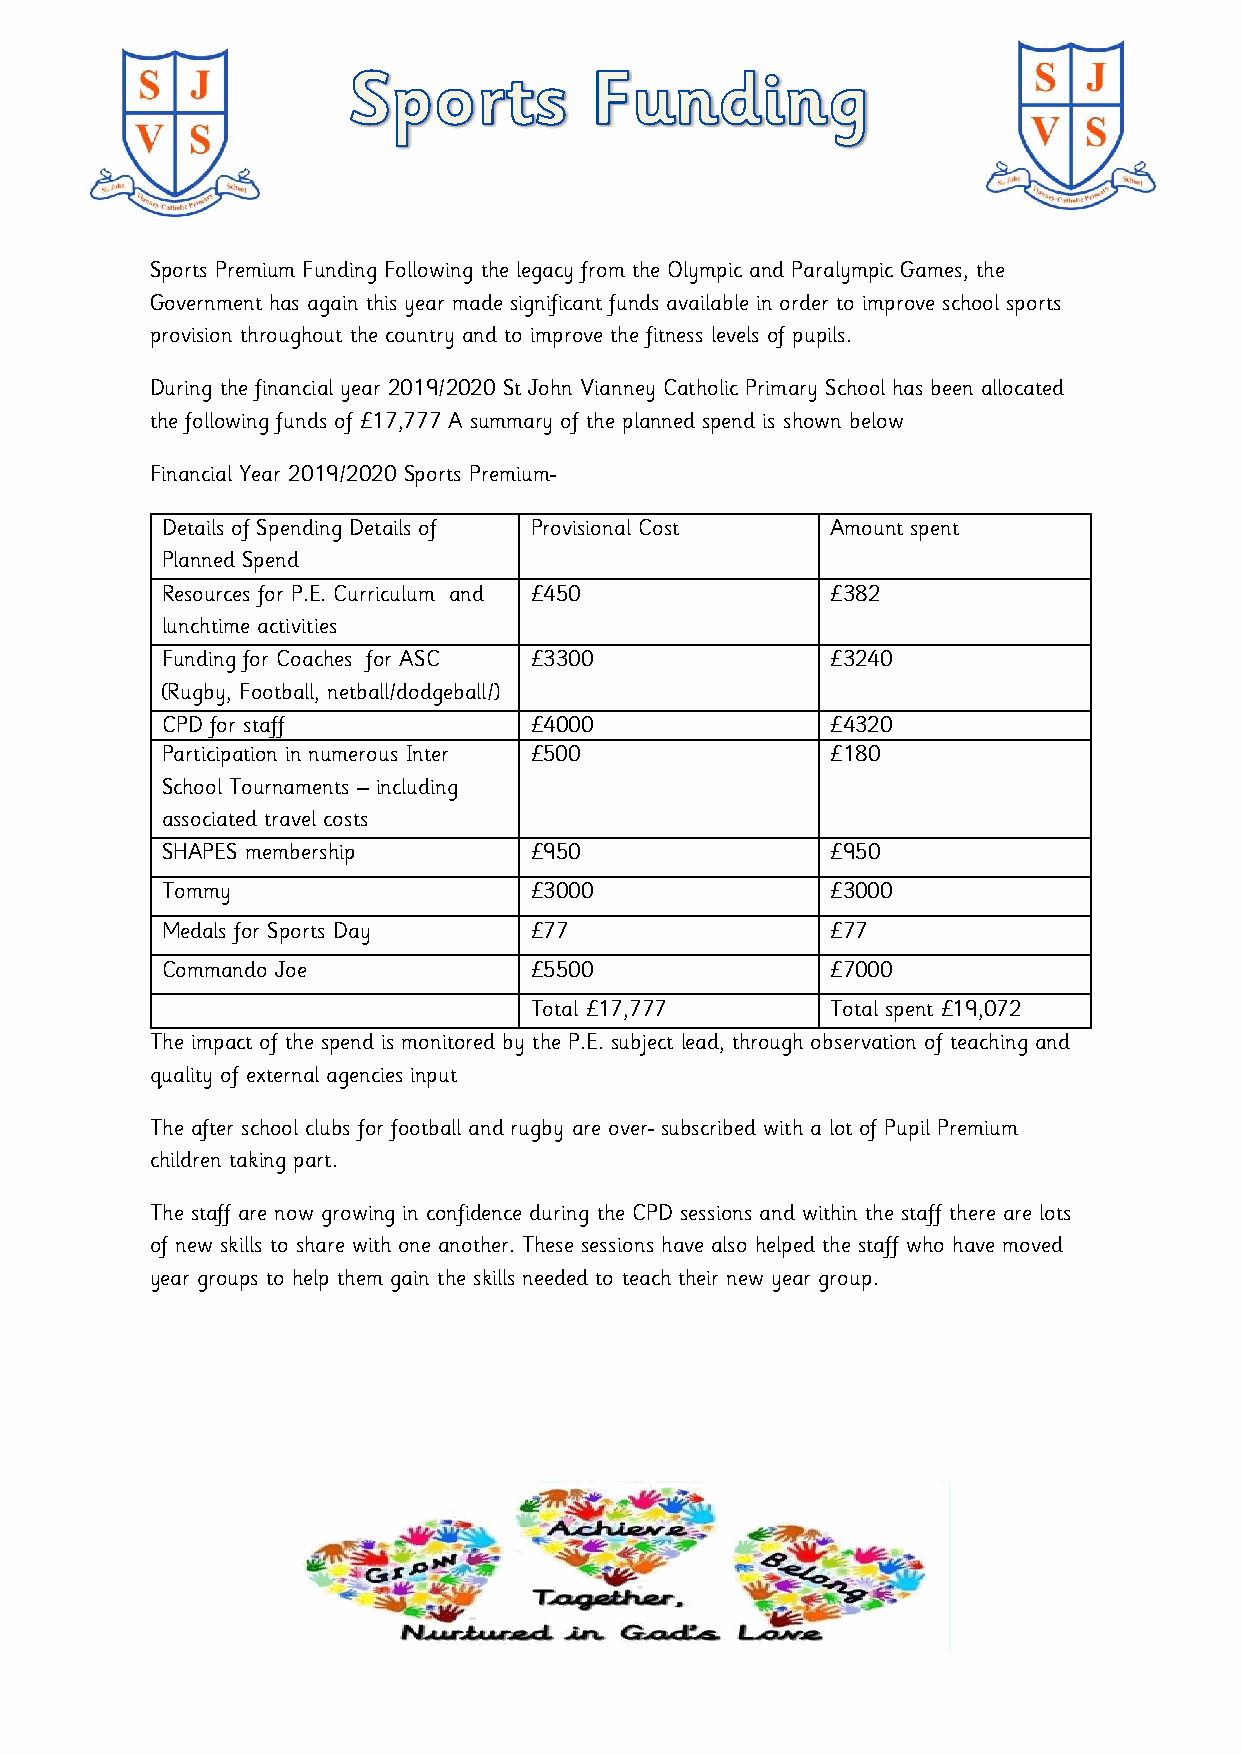
Sports Premium Funding Following the legacy from the Olympic and Paralympic Games, the
 Government has again this year made significant funds available in order to improve school sports
 provision throughout the country and to improve the fitness levels of pupils.
 During the financial year 2019/2020 St John Vianney Catholic Primary School has been allocated
 the following funds of £17,777 A summary of the planned spend is shown below
 Financial Year 2019/2020 Sports Premium-
 Details of Spending Details of Provisional Cost Amount spent
 Planned Spend
 Resources for P.E. Curriculum and £450      £382
 lunchtime activities
 Funding for Coaches for ASC £3300           £3240
 (Rugby, Football, netball/dodgeball/)
 CPD for staff           £4000               £4320
 Participation in numerous Inter £500        £180
 School Tournaments – including
 associated travel costs
 SHAPES membership       £950                £950
 Tommy                   £3000               £3000
 Medals for Sports Day   £77                 £77
 Commando Joe            £5500               £7000
 Total £17,777       Total spent £19,072
 The impact of the spend is monitored by the P.E. subject lead, through observation of teaching and
 quality of external agencies input
 The after school clubs for football and rugby are over- subscribed with a lot of Pupil Premium
 children taking part.
 The staff are now growing in confidence during the CPD sessions and within the staff there are lots
 of new skills to share with one another. These sessions have also helped the staff who have moved
 year groups to help them gain the skills needed to teach their new year group.